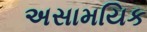
અસામયિક